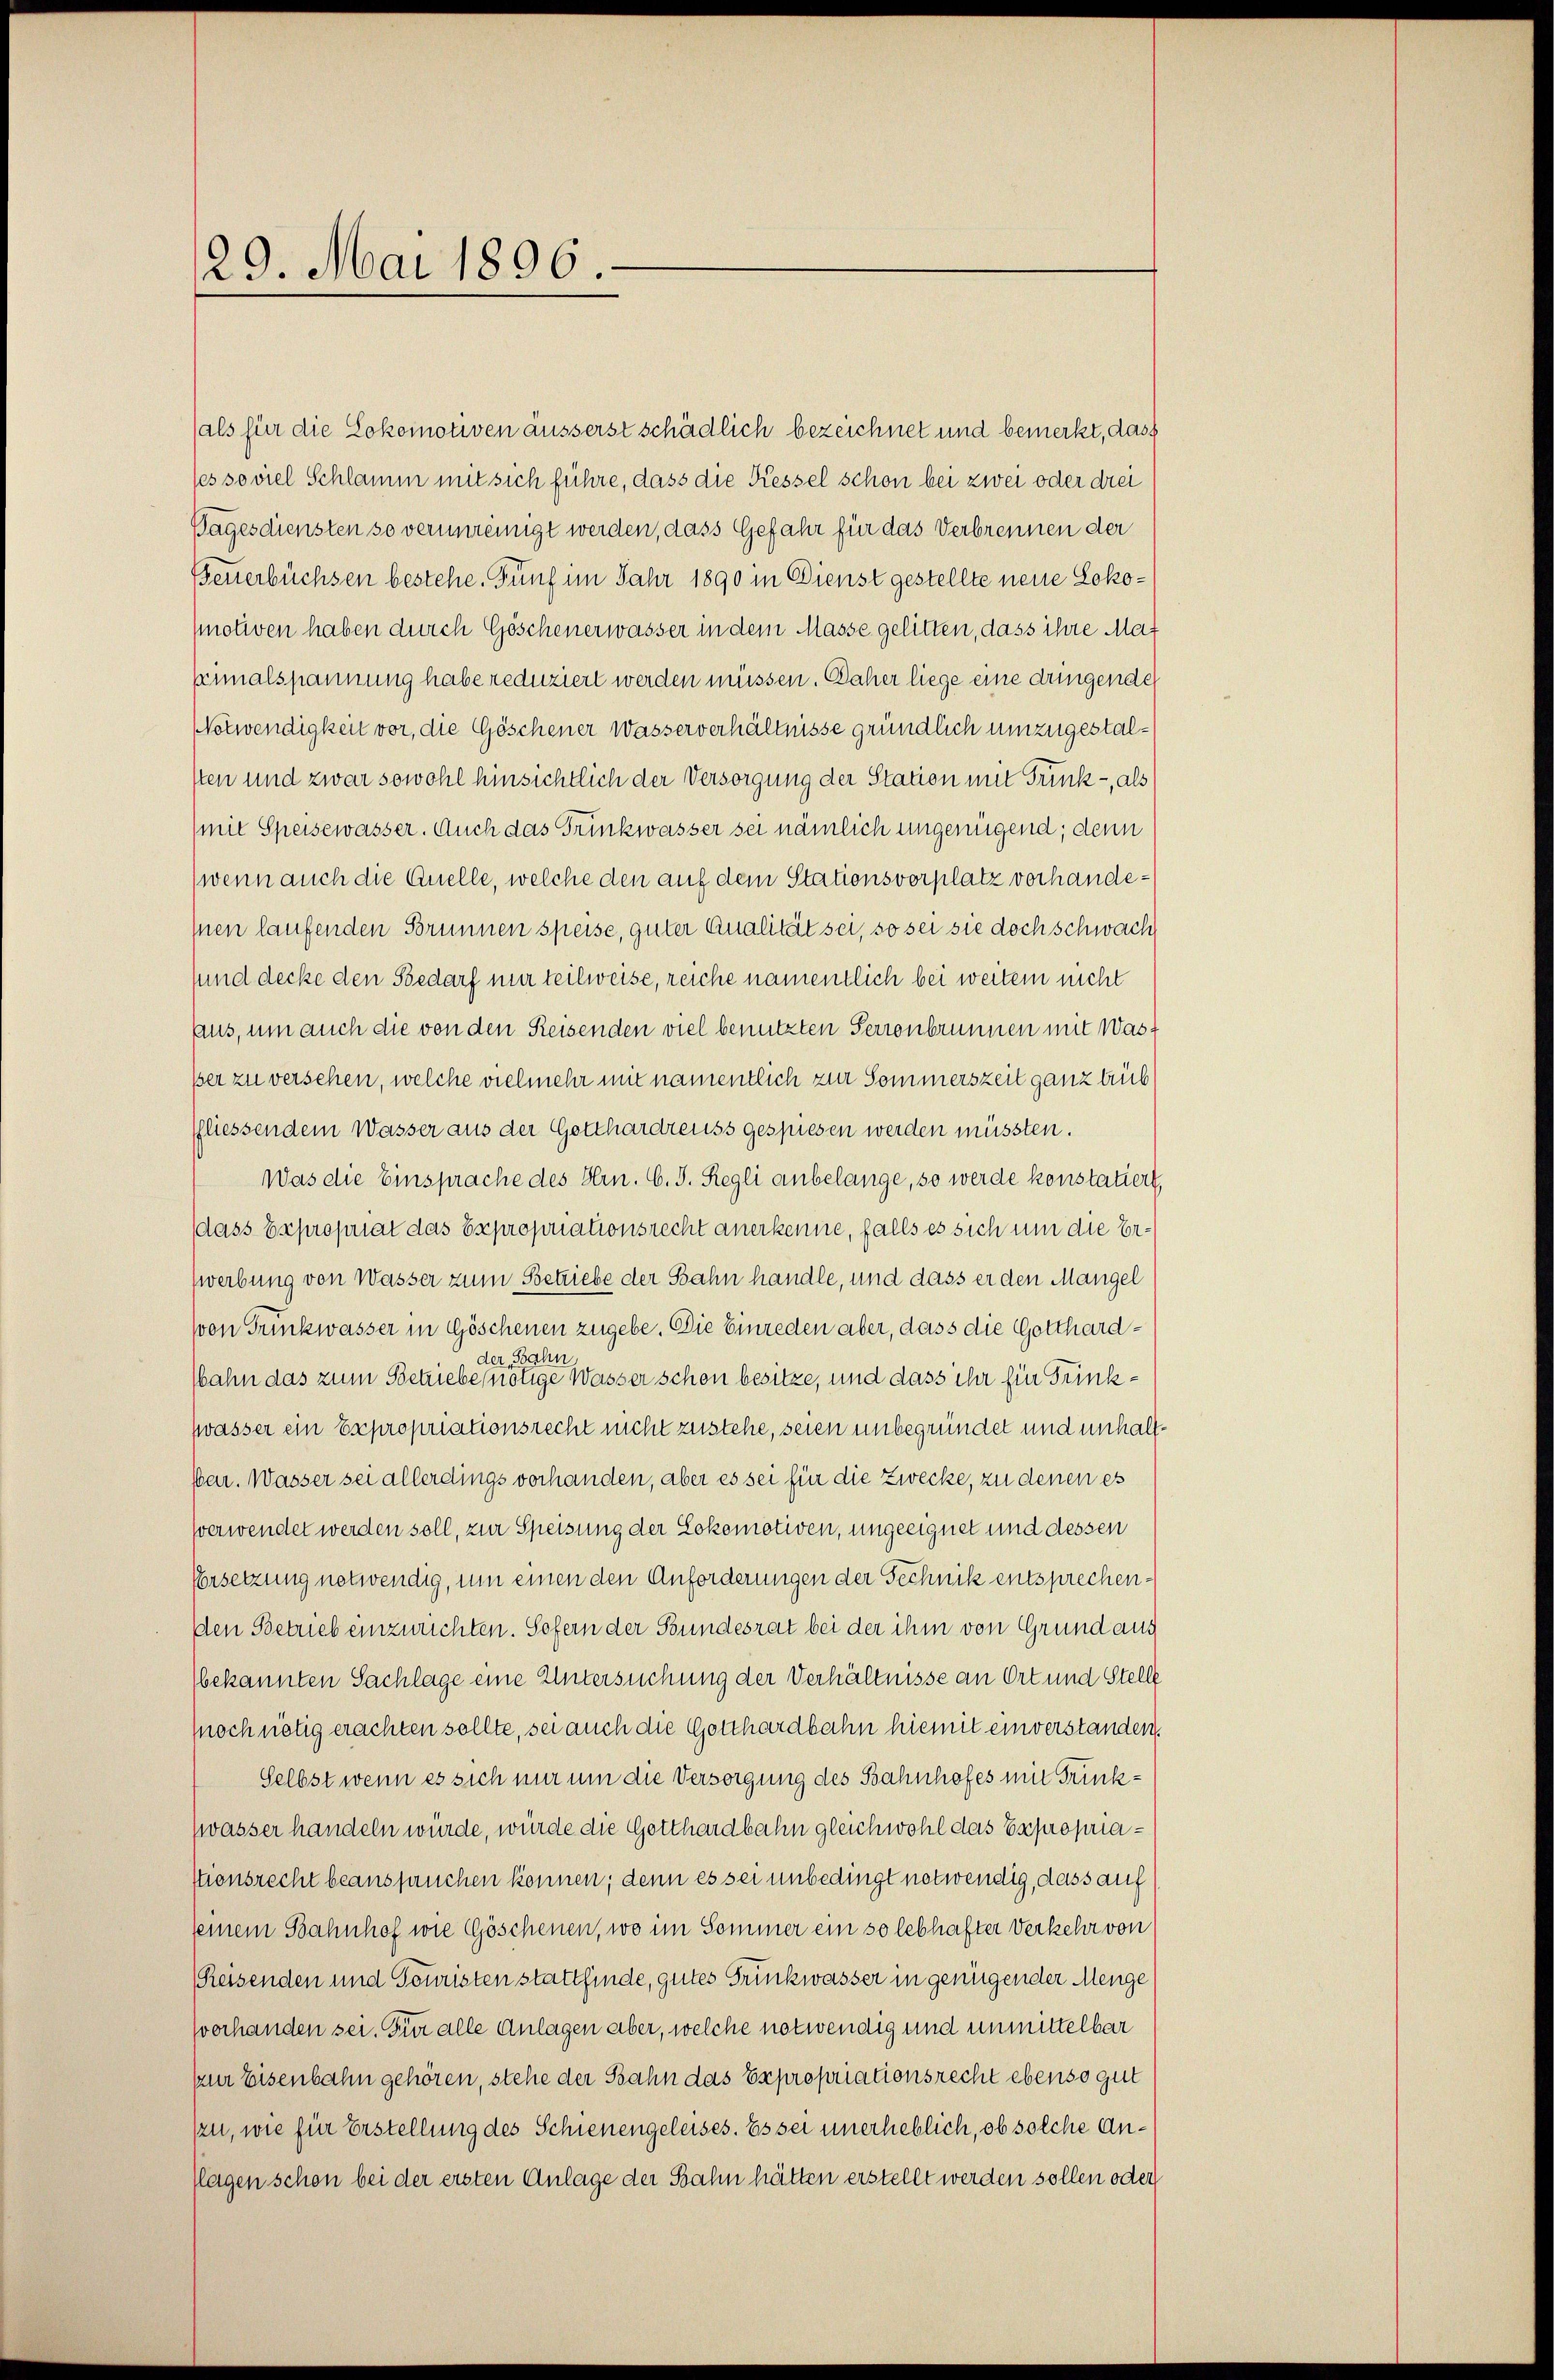
29. Mai 1896

als für die Lokomotiven äusserst schädlich bezeichnet und bemerkt, dass
ses soviel Schlamm mit sich führe, dass die Kessel schon bei zwei oder drei
Pages diensten so verunreinigt werden, dass Gefahr für das Verbrennen der
Beuerbüchsen bestehe. Fünf im Jahr 1890 in Dienst gestellte neue Loko¬
Motiven haben durch Göschenerwasser in dem Masse gelitten, dass ihre Maximalspannung habe reduziert werden müssen. Daher liege eine dringende
Notwendigkeit vor, die Göschener Wasserverhältnisse gründlich umzugestalsten und zwar sowohl hinsichtlich der Versorgung der Station mit Trink-, als
(mit Speisewasser. Auch das Trinkwasser sei nämlich ungenügend; denn
(wenn auch die Quelle, welche den auf dem Stationsvorplatz vorhande¬
Ien laufenden Brunnen speise, guter Qualität sei, so sei sie doch schwach
sund decke den Bedarf nur teilweise, reiche namentlich bei weiter nicht
aaus, um auch die von den Reisenden viel benutzten Perronbrunnen mit Wasser zu versehen, welche vielmehr mit namentlich zur Sommerszeit ganz trieb
ffliessendem Wasser aus der Gotthardreiss gespiesen werden müssten.
Was die Einsprache des Hrn. C. J. Regli anbelange, so werde konstatiert
dass Expropriat das Expropriationsrecht anerkenne, falls es sich um die Erzwerbung von Wasser zum Betriebe der Bahn handle, und dass er den Mangel
von Trinkwasser in Göschenen zugebe. Die Einreden aber, dass die Gotthardder Bahn
bahn das zum Betriebe nötige Wasser schon besitze, und dass ihr für Trinkzwasser ein Expropriationsrecht nicht zustehe, seien unbegründet und unhaltber. Wasser sei allerdings vorhanden, aber es sei für die Zwecke, zu denen es
verwendet werden soll, zur Speisung der Lokomotiven, ungeeignet und dessen
Ersetzung notwendig, um einen den Anforderungen der Technik entsprechen¬
Den Betrieb einzurichten. Sofern der Bundesrat bei der ihm von Grund aus
bekannten Sachlage eine Untersuchung der Verhältnisse an Ort und Stelle
(noch nötig erachten sollte, sei auch die Gotthardbahn hiemit einverstanden
Selbst wenn es sich nur um die Versorgung des Bahnhofes mit Trinkzwasser handeln würde, würde die Gotthardbahn gleichwohl das Expropriastionsrecht beanspruchen können; denn es sei unbedingt notwendig, dass auf
seinem Bahnhof wie Göschenen, wo im Sommer ein so lebhafter Verkehr von
Reisenden und Touristen stattfinde, gutes Druckwasser in genügender Menge
vorhanden sei. Für alle Anlagen aber, welche notwendig und unmittelbar
pzur Eisenbahn gehören, stehe der Bahn das Expropriationsrecht ebenso gut
zu, wie für Erstellung des Schienengeleises. Es sei unerheblich, ob solche Anflagen schon bei der ersten Anlage der Bahn hätten erstellt werden sollen oder